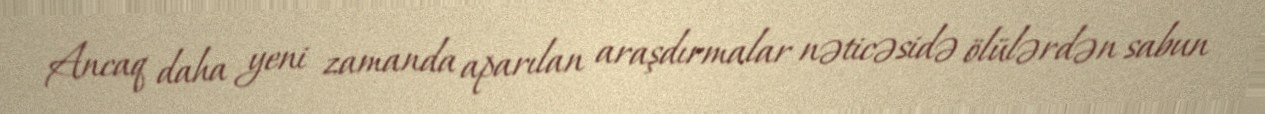
Ancaq daha yeni zamanda aparılan araşdırmalar nəticəsidə ölülərdən sabun